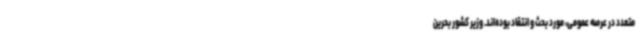
متعدد در عرصه عمومی، مورد بحث و انتقاد بوده‌اند. وزیر کشور بحرین